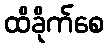
ထိခိုက်စေ